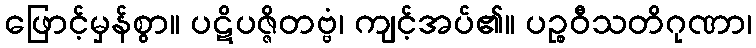
ဖြောင့်မှန်စွာ။ ပဋိပဇ္ဇိတဗ္ဗံ၊ ကျင့်အပ်၏။ ပဉ္စဝီသတိဂုဏာ၊